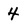
Character: 4